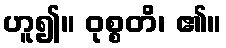
ဟူ၍။ ဝုစ္စတိ၊ ၏။